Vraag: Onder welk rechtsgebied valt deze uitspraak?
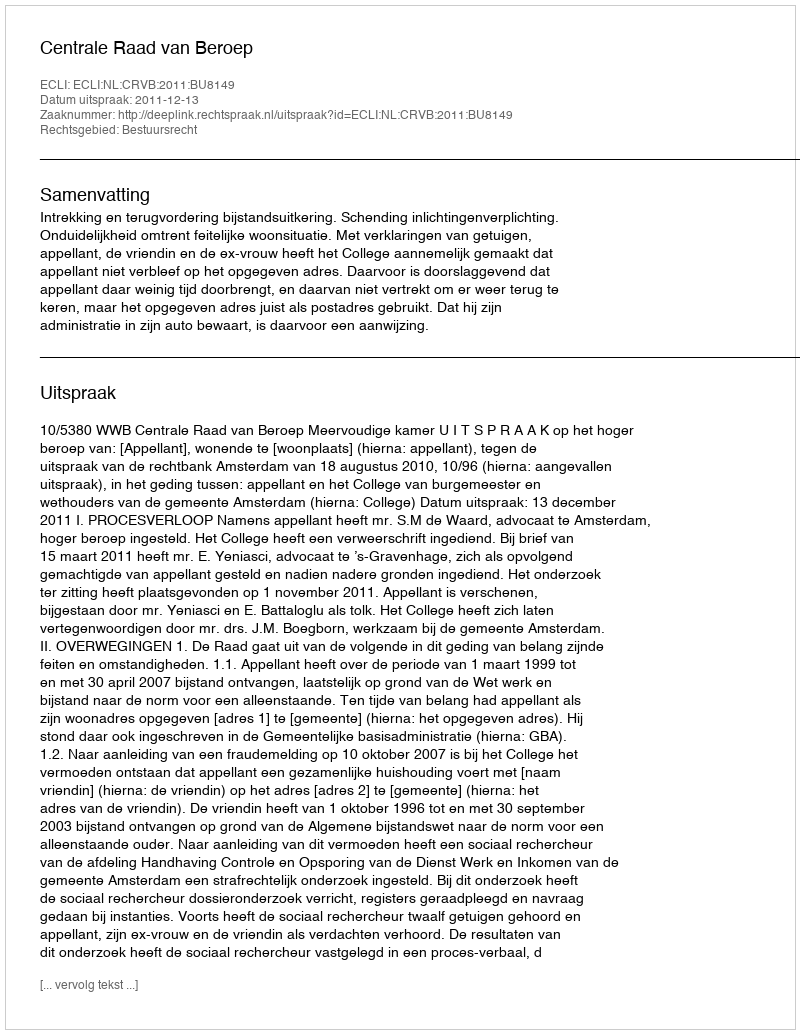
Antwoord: Bestuursrecht